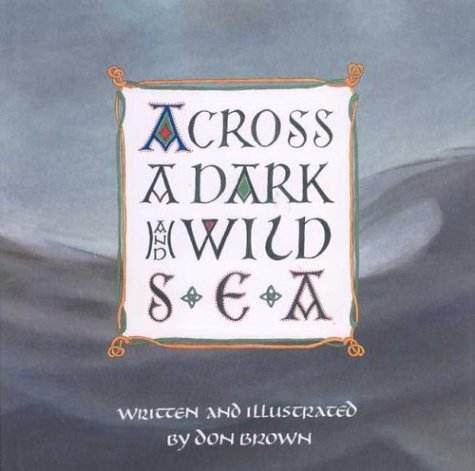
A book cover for Across a Dark and Wild Sea (Single Titles); Don Brown; Children's Books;